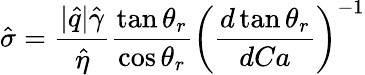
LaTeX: \hat{\sigma}=\frac{|\hat{q}|\hat{\gamma}}{\hat{\eta}}\frac{\tan\theta_{r}}{\cos\theta_{r}}\left(\frac{d\tan\theta_{r}}{dCa}\right)^{-1}